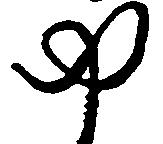
ゆ